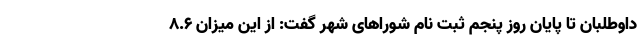
داوطلبان تا پایان روز پنجم ثبت نام شوراهای شهر گفت: از این میزان ۸.۶